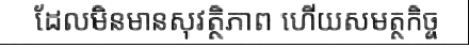
ដែលមិនមានសុវត្ថិភាព ហើយសមត្ថកិច្ច